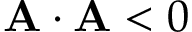
\mathbf { A \cdot A } < 0